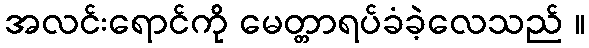
အလင်းရောင်ကို မေတ္တာရပ်ခံခဲ့လေသည် ။